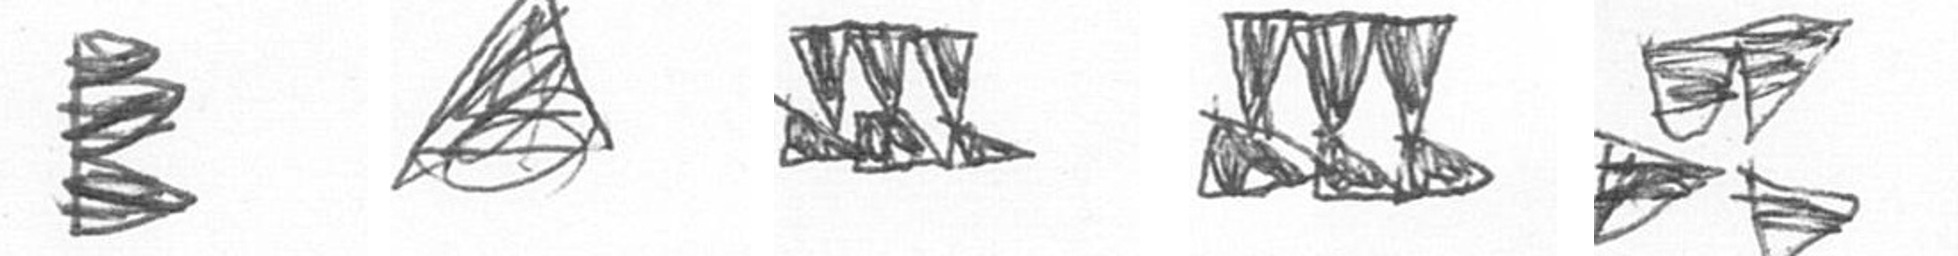
H O D D B